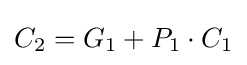
C_{2}=G_{1}+P_{1}\cdot C_{1}